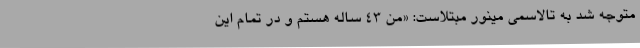
متوجه شد به تالاسمی مینور مبتلاست: «من 43 ساله هستم و در تمام این